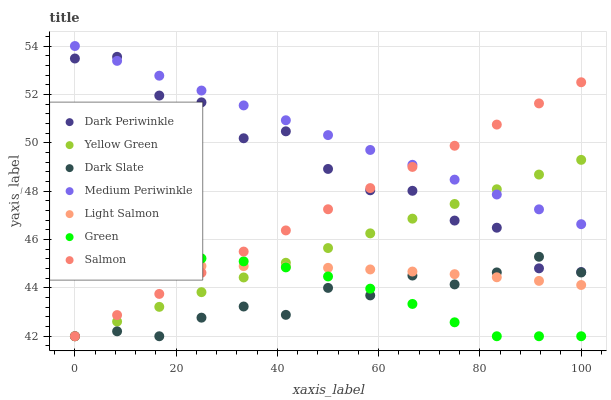
| xaxis_label | Dark Periwinkle | Yellow Green | Dark Slate | Medium Periwinkle | Light Salmon | Green | Salmon |
 | --- | --- | --- | --- | --- | --- | --- | --- |
 | 0 | 53.5 | 42 | 42 | 54 | 44.8 | 44.8 | 42 |
 | 8.33 | 53.6 | 42.6 | 42.2 | 53.4 | 44.8 | 45.1 | 42.9 |
 | 16.7 | 52 | 43.2 | 42 | 52.8 | 44.9 | 45.2 | 43.8 |
 | 25 | 51.7 | 43.8 | 42.8 | 52.2 | 44.9 | 45.2 | 44.6 |
 | 33.3 | 50.2 | 44.4 | 43.2 | 51.5 | 44.9 | 45.1 | 45.5 |
 | 41.7 | 50.5 | 45 | 42.9 | 50.9 | 44.9 | 44.8 | 46.4 |
 | 50 | 48.9 | 45.6 | 44 | 50.3 | 44.8 | 44.5 | 47.3 |
 | 58.3 | 48 | 46.3 | 43.7 | 49.7 | 44.8 | 44 | 48.1 |
 | 66.7 | 48 | 46.9 | 44.5 | 49.1 | 44.7 | 43.3 | 49 |
 | 75 | 46.8 | 47.5 | 44.1 | 48.5 | 44.6 | 42.6 | 49.9 |
 | 83.3 | 46.5 | 48.1 | 44.6 | 47.9 | 44.4 | 42 | 50.8 |
 | 91.7 | 44.8 | 48.7 | 45.3 | 47.2 | 44.3 | 42 | 51.6 |
 | 100 | 44.7 | 49.3 | 44.6 | 46.6 | 44.1 | 42 | 52.5 |